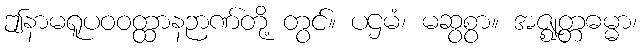
ဤနာမရူပဝဝတ္ထာနဉာဏ်တို့ တွင်။ ပဌမံ၊ မဆွစွာ။ အဇ္ဈတ္တဓမ္မာ၊